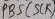
Text: PBS